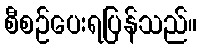
စီစဉ်ပေးရပြန်သည်။